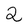
Character: 2